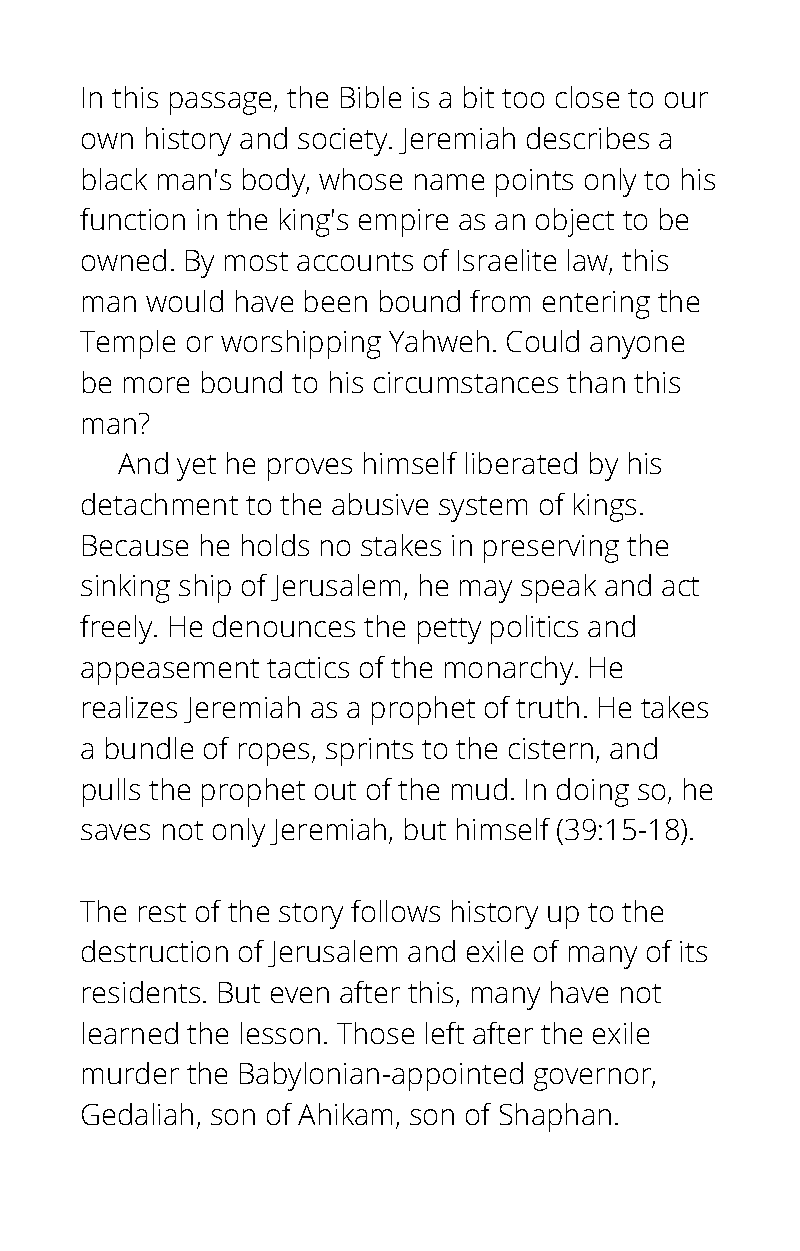
In this passage, the Bible is a bit too close to our
 own history and society. Jeremiah describes a
 black man's body, whose name points only to his
 function in the king's empire as an object to be
 owned. By most accounts of Israelite law, this
 man  would have been bound from entering the
 Temple or worshipping Yahweh. Could anyone
 be more bound to his circumstances than this
 man?
 And yet he proves himself liberated by his
 detachment to the abusive system of kings.
 Because he holds no stakes in preserving the
 sinking ship of Jerusalem, he may speak and act
 freely. He denounces the petty politics and
 appeasement  tactics of the monarchy. He
 realizes Jeremiah as a prophet of truth. He takes
 a bundle of ropes, sprints to the cistern, and
 pulls the prophet out of the mud. In doing so, he
 saves not only Jeremiah, but himself (39:15-18).
 The rest of the story follows history up to the
 destruction of Jerusalem and exile of many of its
 residents. But even after this, many have not
 learned the lesson. Those left after the exile
 murder the Babylonian-appointed governor,
 Gedaliah, son of Ahikam, son of Shaphan.